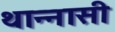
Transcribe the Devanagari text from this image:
थान्नासी